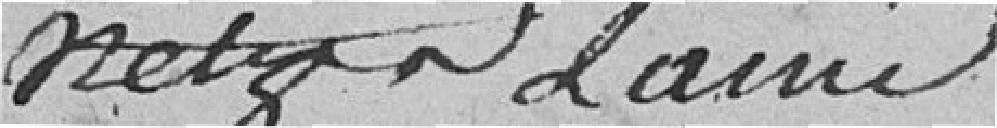
metzger  Lainé